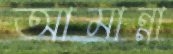
আমান্না